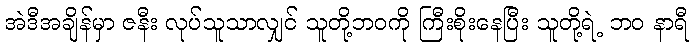
အဲဒီအချိန်မှာ ဇနီး လုပ်သူသာလျှင် သူတို့ဘဝကို ကြီးစိုးနေပြီး သူတို့ရဲ့ ဘဝ နာရီ